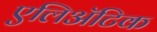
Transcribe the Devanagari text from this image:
एलिअॅटिक